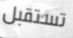
تستقبل